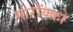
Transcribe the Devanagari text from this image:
मोरॉक्को